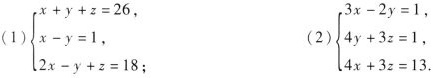
(1) $$\left\{ \begin{matrix} x+y+z=26, \\ x-y=1, \\ 2x-y+z=1; \\ \end{matrix} \right.$$ (2) $$\left\{ \begin{matrix} 3x-2y=1, \\ 4y+3z=1, \\ 4x+3z=13. \\ \end{matrix} \right.$$